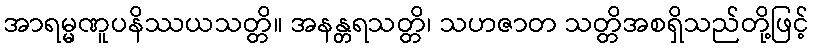
အာရမ္မဏူပနိဿယသတ္တိ။ အနန္တရသတ္တိ၊ သဟဇာတ သတ္တိအစရှိသည်တို့ဖြင့်